Annual report of the Bengal Veterinary College and of the Civil Veterinary Department, Bengal, for the year 1899-1900 - 1899-1900
Year: 1899
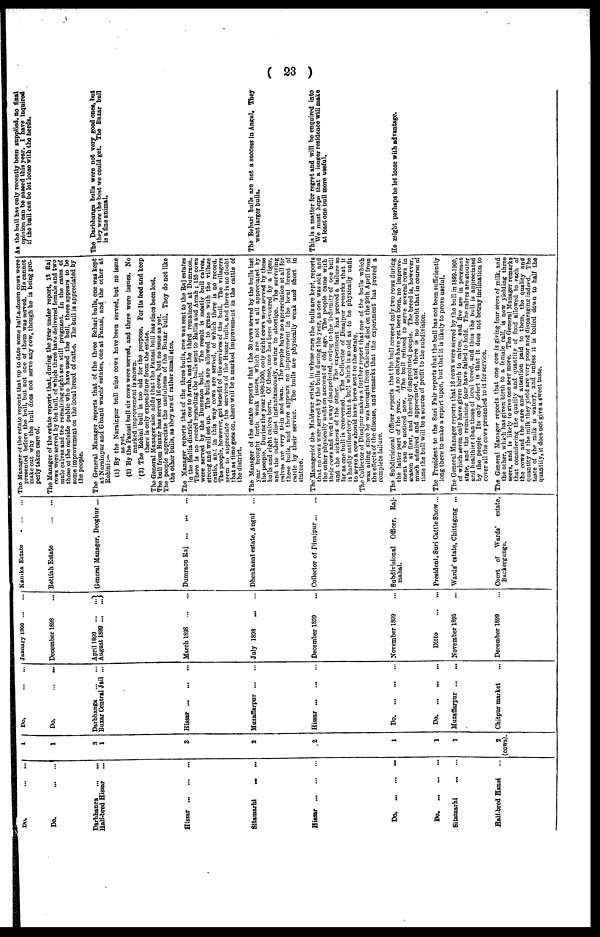
( 23 )
Do. ... ...
Do ... ...
Darbhanga
...
...
Half-bred Hissar ...
Hissar ... ... ...
Sitamarhi ... ...
Hissar ... ... ...
1
1
3
1
3
2
2
Do ... ...
Do. ... ...
Darbhanga ... ...
Buxar Central Jail ...
Hissa ... ... ...
Muzaffarpur ... ...
Hissar ... ... ...
January 1900 ... ...
December 1898 ...
April 1899 ... ...
August 1899 ... ...
March 1898 ... ...
July 1898 ... ...
December 1899 ...
Kanika Estate ... ...
Bettiah Estate ... ...
General Manager, Deoghur ...
Dumraon Raj ... ... ...
Dhenkanal estate, Angul ...
Collector of Dinajpur ... ...
The Manager of the estate reports that up to date some half-a-dozen cows were
presented before the bull, but not one of them was served. He cannot
make out why the bull does not serve any cow, though he is being pro-
perly taken care of.
The Manager of the estate reports that, during the year under report, 13 Raj
cows were served by the bull, of which three have delivered female and two
male calves and the remaining eight are still pregnant. In the cases of
those of the outside public who have used the bull, there appears to be
Some improvement on the local breed of cattle. The bull is appreciated by
the people.
The General Manager reports that of the three Behari bulls, one was kept
at Narainpur and Ghanti wards' estates, one at Panasi, and the other at
Rohini:—
(1) By the Narainpur bull nine cows have been served, but no issue
as yet.
(2) By the Panasi bull six cows were served, and there were issues. No
marked improvement is shown.
(3) The Rohini bull is too old for the purpose. For its feed and keep
there is only expenditure from the estate.
The General Manager also adds that the Panasi bull has since been lost.
The bull from Buxar has served 16 cows, but no issue as yet.
The people appreciate the usefulness of the Buxar bull. They do not like
the other bulls, as they are of rather small size.
The Manager reports that of the three bulls, one was sent to the Raj estates
in the Ballia district, one to Arrah, and the third remained at Dumraon.
There is no record regarding the bulls sent to Ballia and Arrah; 125 cows
were served by the Dumraon bull. The result is mostly bull calves,
strong and well set up. The bulls are allowed to graze with the village
cattle, and in this way cows are served, of which there is no record.
The people, however, get benefit of the services of the bull. The villagers
seem to appreciate the services of the Hissar bulls, and there is no doubt
that as time goes on, there will be a marked improvement in the cattle of
the district.
The Manager of the estate reports that the 30 cows served by the bulls last
year brought forth weak issues, which are not at all appreciated by
the people. During the year 1S99-1900, only eight cows were served by these
bulls and eight calves born. Of these, one has been devoured by a tiger,
and the other died instantaneously, owing to abortion. The surviving
calves are very thin and lean. The people have no appreciation at all for
these bulls, and there appears no improvement in the local breed of
cattle by their service. The bulls are physically weak and short in
stature.
The Managerlof the Maldwar estate, in whose care the bulls are kept, reports
that no rows were served by the bulls during the year, as one was sick and
the other physically unfit on account of old age. The people came with
their cows and went away disappointed, owing to the infirmity of one bull
and the sickness of the other. The experiment has proved a failure so
far as one bull is concerned. The Collector of Dinajpur remarks that it
is hardly satifsactory that a bull which is so old as to be physically unfit
to serve a cow should have been sent to the estate.
The Collector of Dinajpur makes a further report that one of the bulls which
was ailing since he was brought from Calcutta, died on the 20th April from
the effects of the disease, and remarks that the experiment has proved a
complete failure.
As the bull has only recently been supplied, no final
opinion can be passed this year. I have inquired
if the bull can be let loose with the herds.
The Darbhanga bulls were not very good ones, hut
they were the best we could get. The Buxar bull
is a fine animal.
The Behari bulls are not a success in Angul, They
want larger bulls.
This is a mutter for regret and will be enquired into
We must hope that a longer residence will make
at least one bull more useful.
Do. ... ... ...
1
Do ... ... ...
November 1899
Subdivisional Officer, Raj-
mahal.
The Subdivisional Officer reports that the bull covered only two cows during
the latter part of the year. As no calves have yet been born, no improve-
ment can be noticed now. The bull refused to serve several cows in
season at first, and thereby disappointed people. The breed is, however,
much admired and appreciated, and there is no doubt that in course of
time the bull will be a source of profit to the subdivision.
He might perhaps be let loose with advantage.
Do. ... ... ...
Sitamarhi ... ...
Half-bred Hansi ...
1
1
2
(cows).
Do. ... ... ...
Muzaffarpur ... ...
Chitpur market ...
Ditto
November 1895
December 1899
President, Suri Cattle Show ...
Wards' estate, Chittagong ...
Court of Wards'
estate,
Backergunge.
The President to the Suri Fair reports that the bull has not been sufficiently
long there to make a report upon, but that it is likely to prove useful.
The General Manager reports that 16 cows were served by the bull in 1899-1900,
of which seven only have given birth to calves, and five are in pregnant
state, and the remaining four have failed to hold. The calves are stouter
and healthier than those of local breed, and thus the bull is appreciated
by the people. Its only defect is that it does not betray inclination to
cover all the cows presented to it for service.
The General Manager reports that one cow is giving four seers of milk, and
the other, which has given birth to a female calf, is now yielding three
seers, and is likely to give one seer more. The General Manager remarks
that considering the quality and quantity of food allowed to each of
the cows and the care and attention paid to them, the quality and
quantity of the milk they yield are very poor and disparaging indeed. The
taste of the milk is watery, and unless it is boiled down to half the
quantity, it does not give a sweet taste.